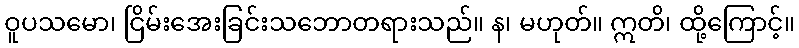
ဝူပသမော၊ ငြိမ်းအေးခြင်းသဘောတရားသည်။ န၊ မဟုတ်။ ဣတိ၊ ထို့ကြောင့်။